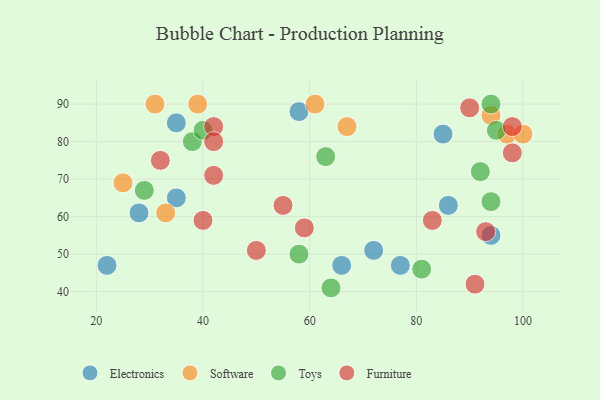
{"axis": {"x": "GDP", "y": "Life Expectancy"}, "legend": ["Electronics", "Furniture", "Software", "Toys"], "data": [{"x": "66", "y": 47, "type": "Electronics"}, {"x": "58", "y": 88, "type": "Electronics"}, {"x": "35", "y": 65, "type": "Electronics"}, {"x": "72", "y": 51, "type": "Electronics"}, {"x": "22", "y": 47, "type": "Electronics"}, {"x": "86", "y": 63, "type": "Electronics"}, {"x": "94", "y": 55, "type": "Electronics"}, {"x": "28", "y": 61, "type": "Electronics"}, {"x": "77", "y": 47, "type": "Electronics"}, {"x": "35", "y": 85, "type": "Electronics"}, {"x": "85", "y": 82, "type": "Electronics"}, {"x": "31", "y": 90, "type": "Software"}, {"x": "97", "y": 82, "type": "Software"}, {"x": "39", "y": 90, "type": "Software"}, {"x": "94", "y": 87, "type": "Software"}, {"x": "100", "y": 82, "type": "Software"}, {"x": "25", "y": 69, "type": "Software"}, {"x": "61", "y": 90, "type": "Software"}, {"x": "33", "y": 61, "type": "Software"}, {"x": "67", "y": 84, "type": "Software"}, {"x": "94", "y": 90, "type": "Toys"}, {"x": "29", "y": 67, "type": "Toys"}, {"x": "92", "y": 72, "type": "Toys"}, {"x": "38", "y": 80, "type": "Toys"}, {"x": "94", "y": 64, "type": "Toys"}, {"x": "95", "y": 83, "type": "Toys"}, {"x": "40", "y": 83, "type": "Toys"}, {"x": "63", "y": 76, "type": "Toys"}, {"x": "58", "y": 50, "type": "Toys"}, {"x": "64", "y": 41, "type": "Toys"}, {"x": "81", "y": 46, "type": "Toys"}, {"x": "55", "y": 63, "type": "Furniture"}, {"x": "98", "y": 84, "type": "Furniture"}, {"x": "42", "y": 84, "type": "Furniture"}, {"x": "40", "y": 59, "type": "Furniture"}, {"x": "59", "y": 57, "type": "Furniture"}, {"x": "32", "y": 75, "type": "Furniture"}, {"x": "50", "y": 51, "type": "Furniture"}, {"x": "98", "y": 77, "type": "Furniture"}, {"x": "42", "y": 80, "type": "Furniture"}, {"x": "90", "y": 89, "type": "Furniture"}, {"x": "91", "y": 42, "type": "Furniture"}, {"x": "42", "y": 71, "type": "Furniture"}, {"x": "83", "y": 59, "type": "Furniture"}, {"x": "93", "y": 56, "type": "Furniture"}]}